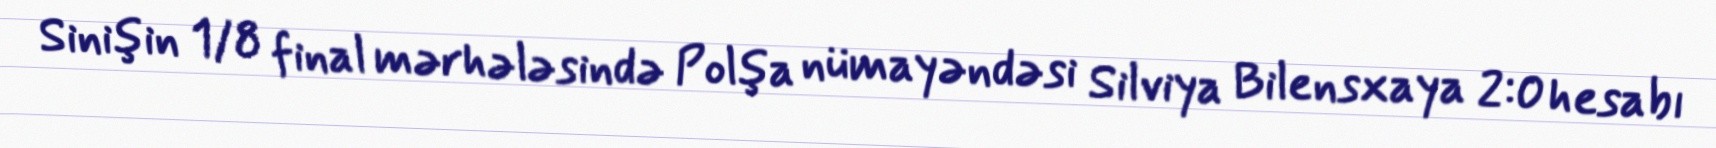
Sinişin 1/8 final mərhələsində Polşa nümayəndəsi Silviya Bilensxaya 2:0 hesabı